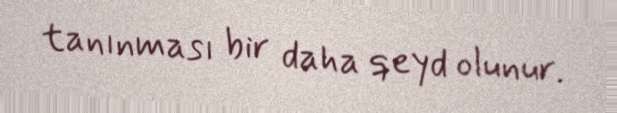
tanınması bir daha qeyd olunur.